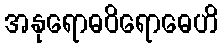
အနုရောဓဝိရောဓေဟိ